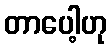
တာပေါ့ဟု